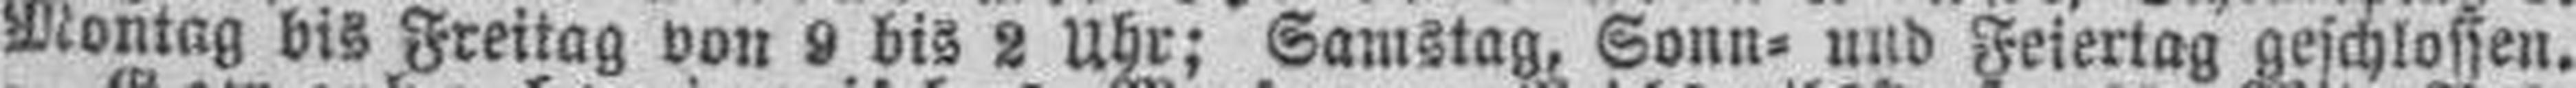
Montag bis Freitag von 9 bis 2 Uhr; Samstag, Sonn= und Feiertag geschlossen.